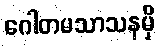
ဂေါတမသာသနမှိ